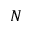
N